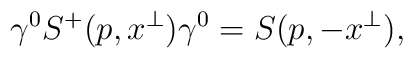
\gamma^0 S^+(p,x^\perp)\gamma^0=S(p,-x^\perp),